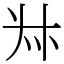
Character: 𠦑